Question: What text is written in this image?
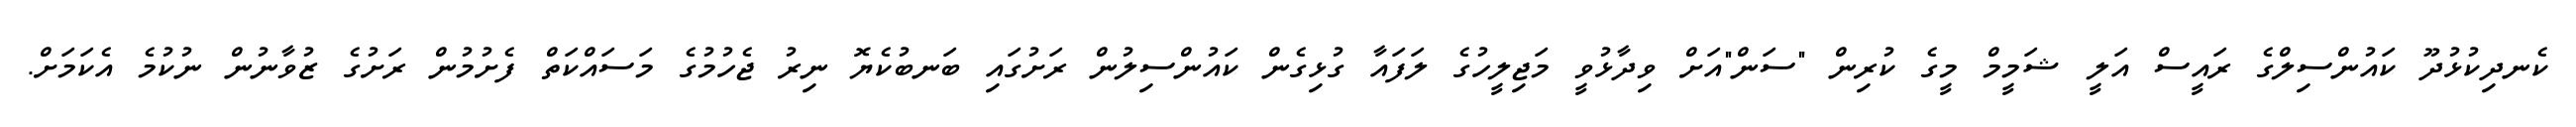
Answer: ކެނދިކުޅުދޫ ކައުންސިލްގެ ރައީސް އަލީ ޝަމީމް މީގެ ކުރިން "ސަން"އަށް ވިދާޅުވީ މަޖިލީހުގެ ލަފައާ ގުޅިގެން ކައުންސިލުން ރަށުގައި ބަނބުކެޔޮ ނިރު ޖެހުމުގެ މަސައްކަތް ފެށުމުން ރަށުގެ ޒުވާނުން ނުކުމެ އެކަމަށް.